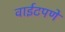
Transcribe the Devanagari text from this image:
वाईटपणे